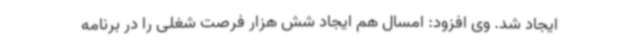
ایجاد شد. وی افزود: امسال هم ایجاد شش هزار فرصت شغلی را در برنامه